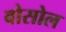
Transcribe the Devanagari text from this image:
वोसोल